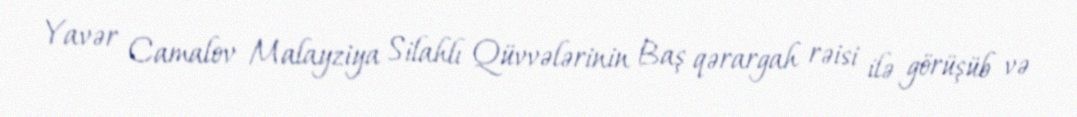
Yavər Camalov Malayziya Silahlı Qüvvələrinin Baş qərargah rəisi ilə görüşüb və